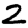
Digit: 2